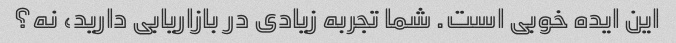
این ایده خوبی است. شما تجربه زیادی در بازاریابی دارید، نه؟